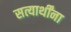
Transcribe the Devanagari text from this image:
सत्यार्थींना